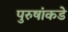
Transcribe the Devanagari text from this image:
पुरुषांकडे